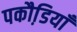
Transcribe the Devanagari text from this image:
पकौडि़याँ